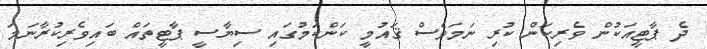
ދެ ޕާޓީއަކުން ވެރިކަން ކުރި ނަމަވެސް ޤައުމީ ކަންކަމުގައި ސިޔާސީ ޕާޓީތައް ބައިވެރިކުރާނަމަ